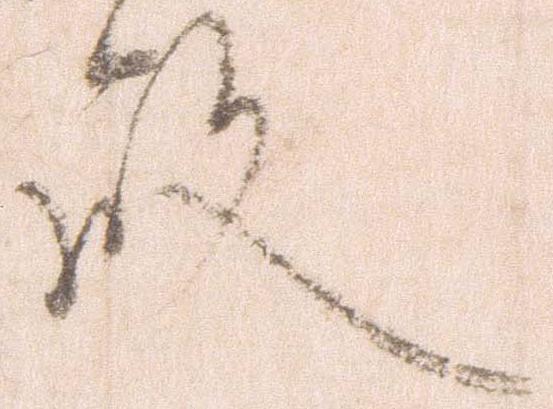
殿